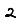
Digit: 2